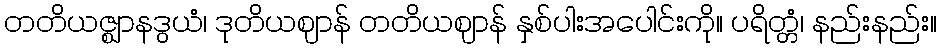
တတိယဇ္ဈာနဒွယံ၊ ဒုတိယဈာန် တတိယဈာန် နှစ်ပါးအပေါင်းကို။ ပရိတ္တံ၊ နည်းနည်း။